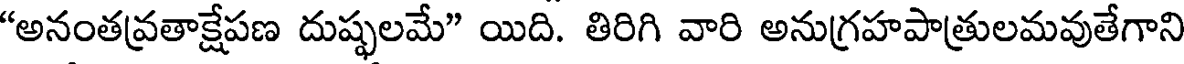
"అనంతవ్రతాక్షేపణ దుష్ఫలమే" యిది. తిరిగి వారి అనుగ్రహపాత్రులమవుతేగాని